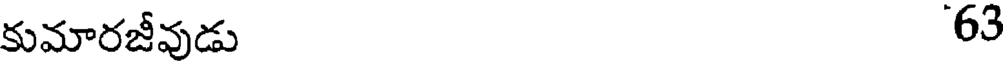
కుమారజీవుడు 63